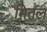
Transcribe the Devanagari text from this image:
मितल